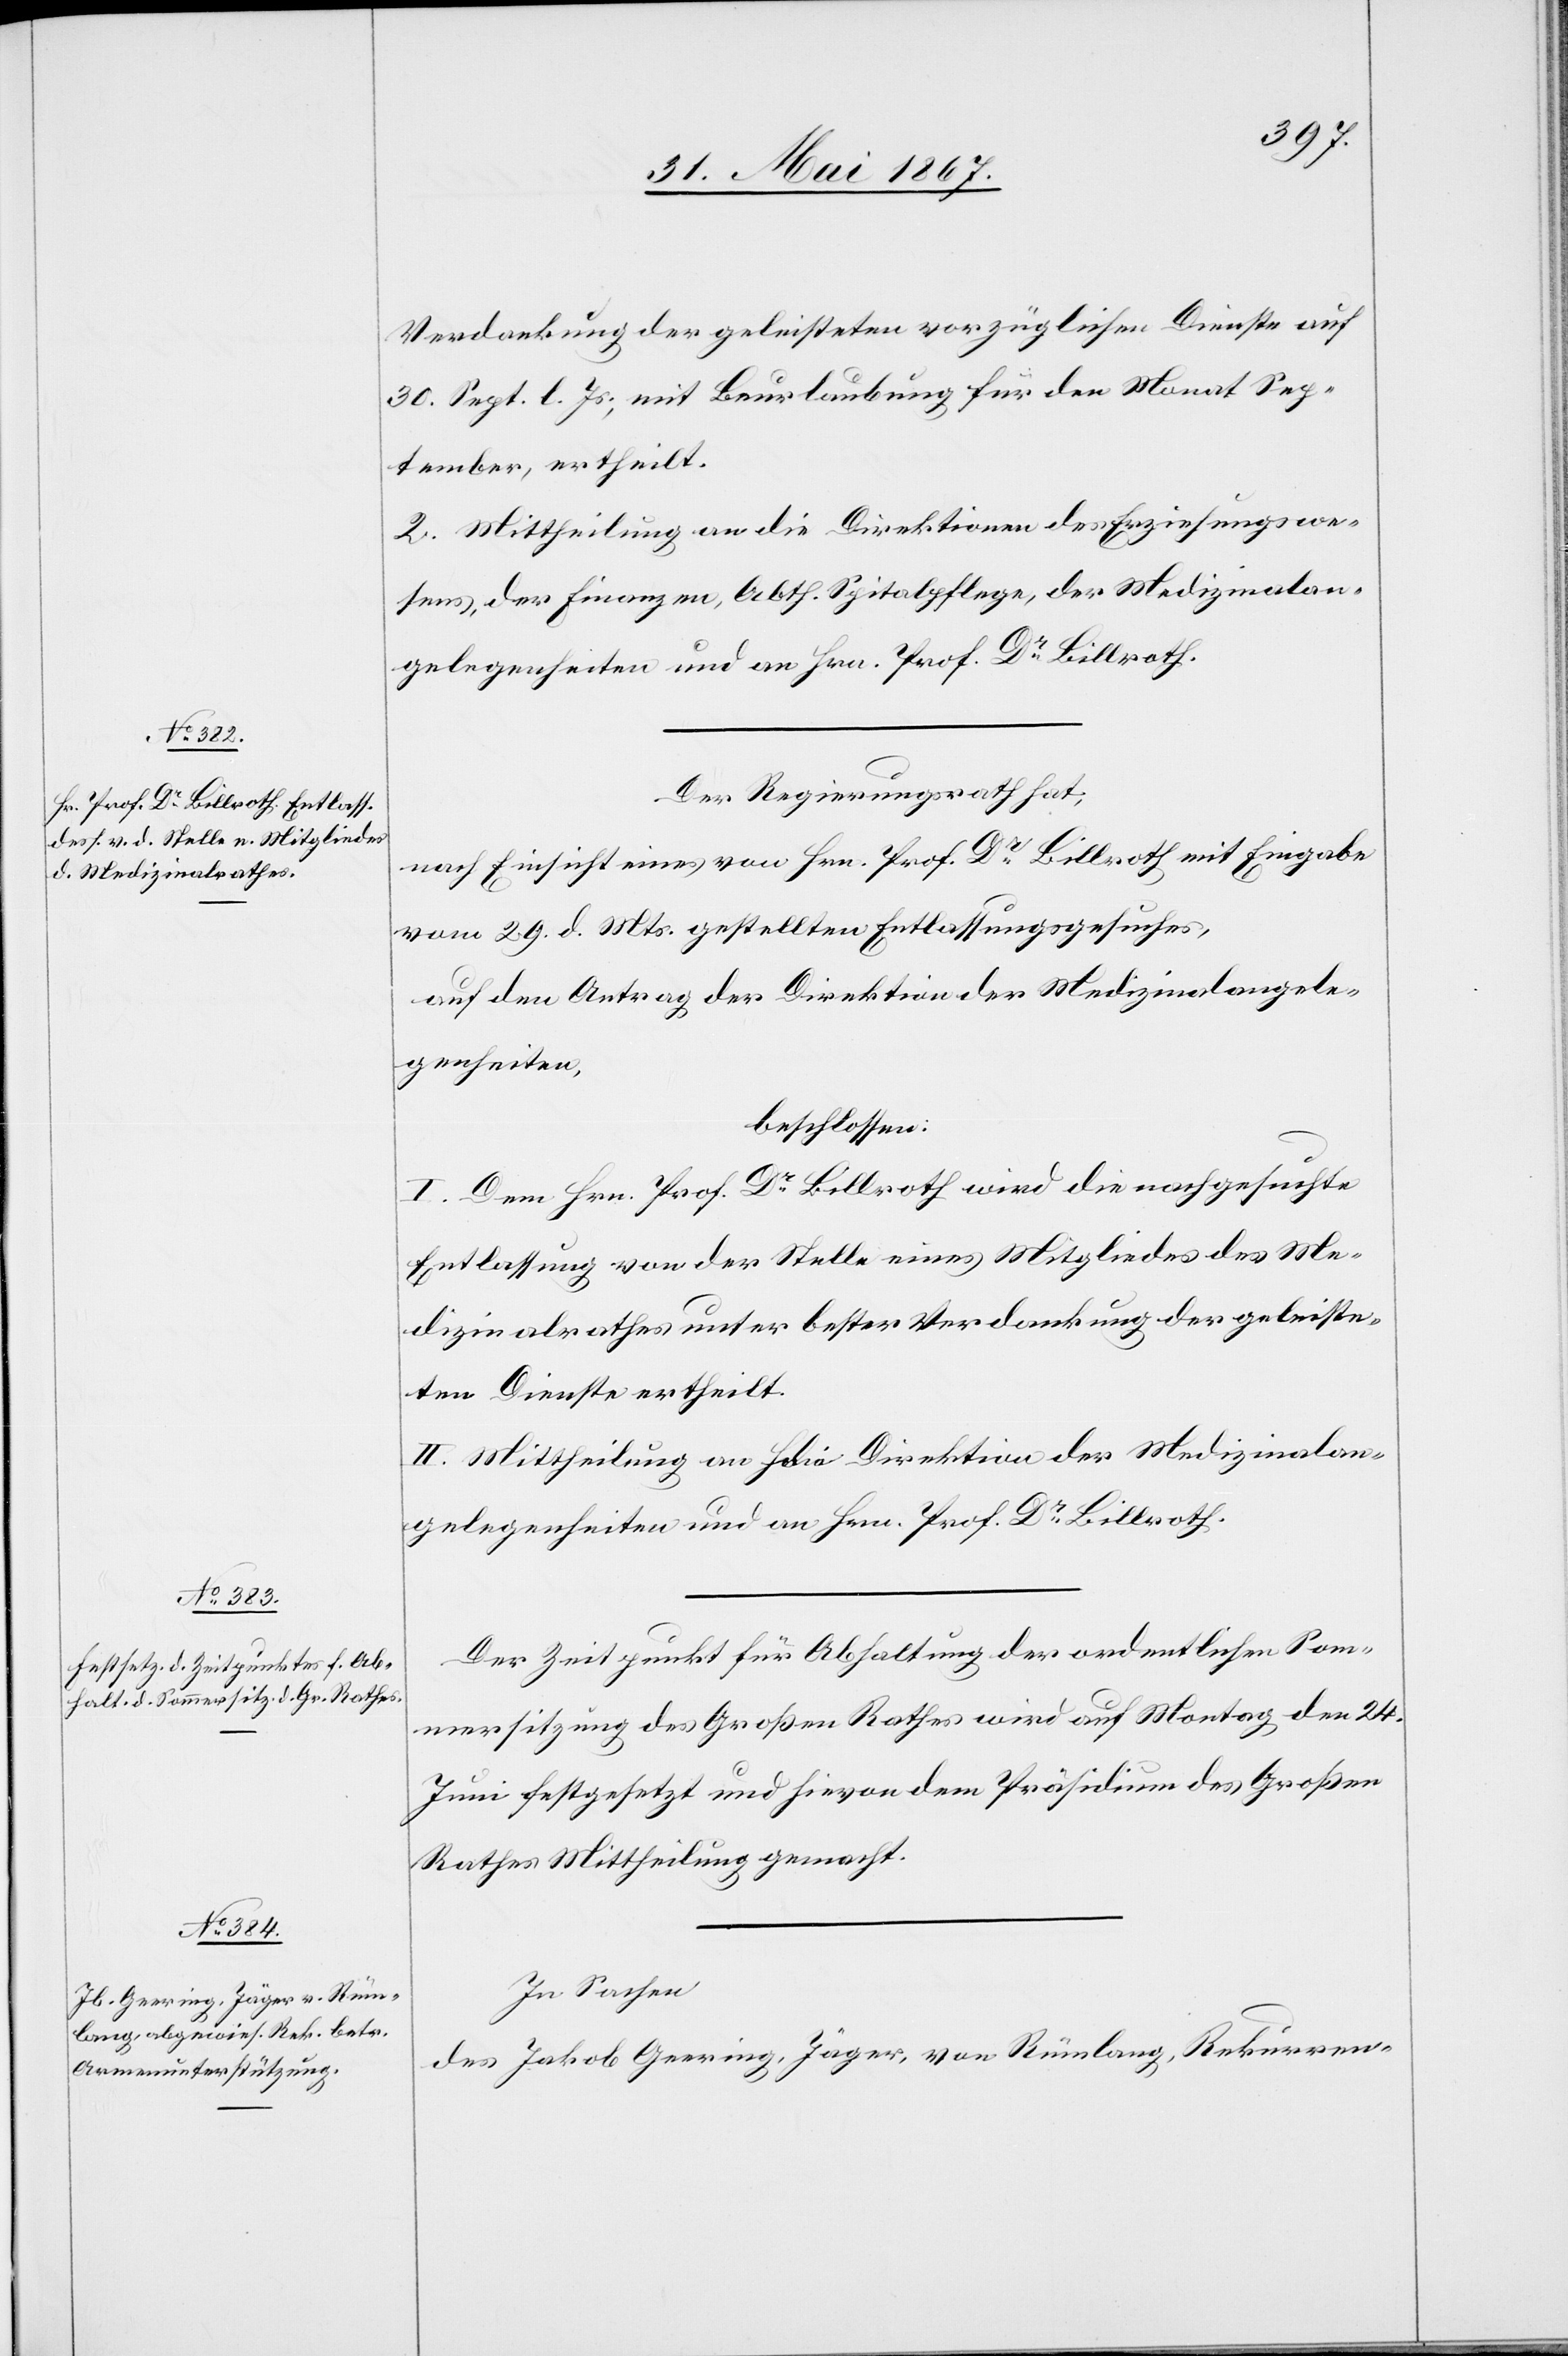
Verdankung der geleisteten vorzüglichen Dienste auf
30. Sept. l. Js., mit Beurlaubung für den Monat Sep¬
tember, ertheilt.
2. Mittheilung an die Direktion des Erziehungswe¬
sens, der Finanzen, Abth. Spitalpflege, der Medizinalan¬
gelegenheiten und an Hrn. Prof. Dr. Billroth.
Der Regierungsrath hat,
nach Einsicht eines von Hrn. Prof. Dr. Billroth mit Eingabe
vom 29. d. Mts. gestellten Entlassungsgesuches,
auf den Antrag der Direktion der Medizinalangele¬
genheiten,
beschlossen:
I. Dem Hrn. Prof. Dr. Billroth wird die nachgesuchte
Entlassung von der Stelle eines Mitgliedes des Me¬
dizinalrathes unter bester Verdankung der geleiste¬
ten Dienste ertheilt.
II. Mittheilung an die Direktion der Medizinalan¬
gelegenheiten und an Hrn. Prof. Dr. Billroth.
Der Zeitpunkt für Abhaltung der ordentlichen Som¬
mersitzung des Großen Rathes wird auf Montag den 24.
Juni festgesetzt und hievon dem Präsidium des Großen
Rathes Mittheilung gemacht.
In Sachen
des Jakob Geering, Jäger, von Rümlang, Rekurren-